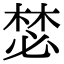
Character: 𣕾